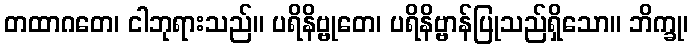
တထာဂတေ၊ ငါဘုရားသည်။ ပရိနိဗ္ဗုတေ၊ ပရိနိဗ္ဗာန်ပြုသည်ရှိသော။ ဘိက္ခု၊